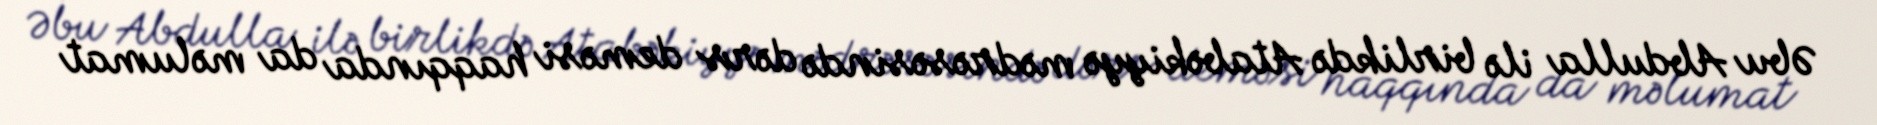
Əbu Abdulla ilə birlikdə Atabəkiyyə mədrəsəsində dərs deməsi haqqında da məlumat